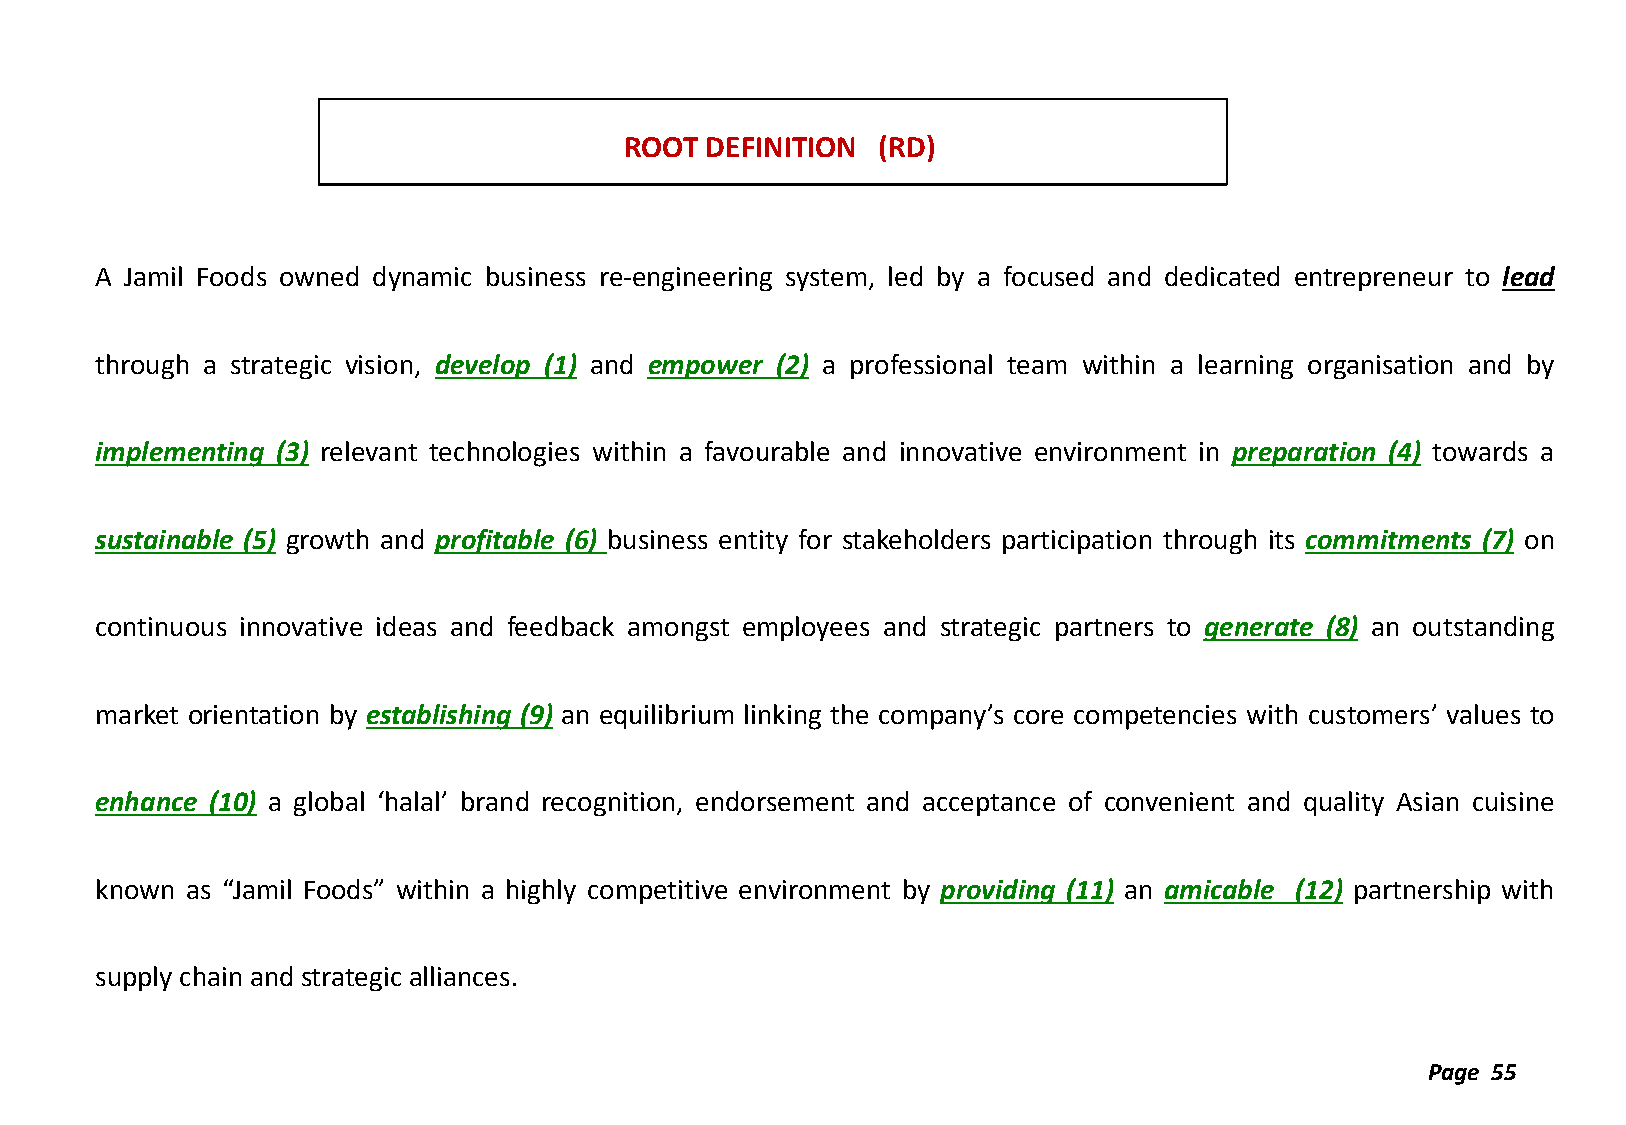
ROOT  DEFINITION (RD)
 A Jamil Foods owned dynamic business re-engineering system, led by a focused and dedicated entrepreneur to lead
 through a strategic vision, develop (1) and empower (2) a professional team within a learning organisation and by
 implementing (3) relevant technologies within a favourable and innovative environment in preparation (4) towards a
 sustainable (5) growth and profitable (6) business entity for stakeholders participation through its commitments (7) on
 continuous innovative ideas and feedback amongst employees and strategic partners to generate (8) an outstanding
 market orientation by establishing (9) an equilibrium linking the company’s core competencies with customers’ values to
 enhance (10) a global ‘halal’ brand recognition, endorsement and acceptance of convenient and quality Asian cuisine
 known as “Jamil Foods” within a highly competitive environment by providing (11) an amicable (12) partnership with
 supply chain and strategic alliances.
 Page 55